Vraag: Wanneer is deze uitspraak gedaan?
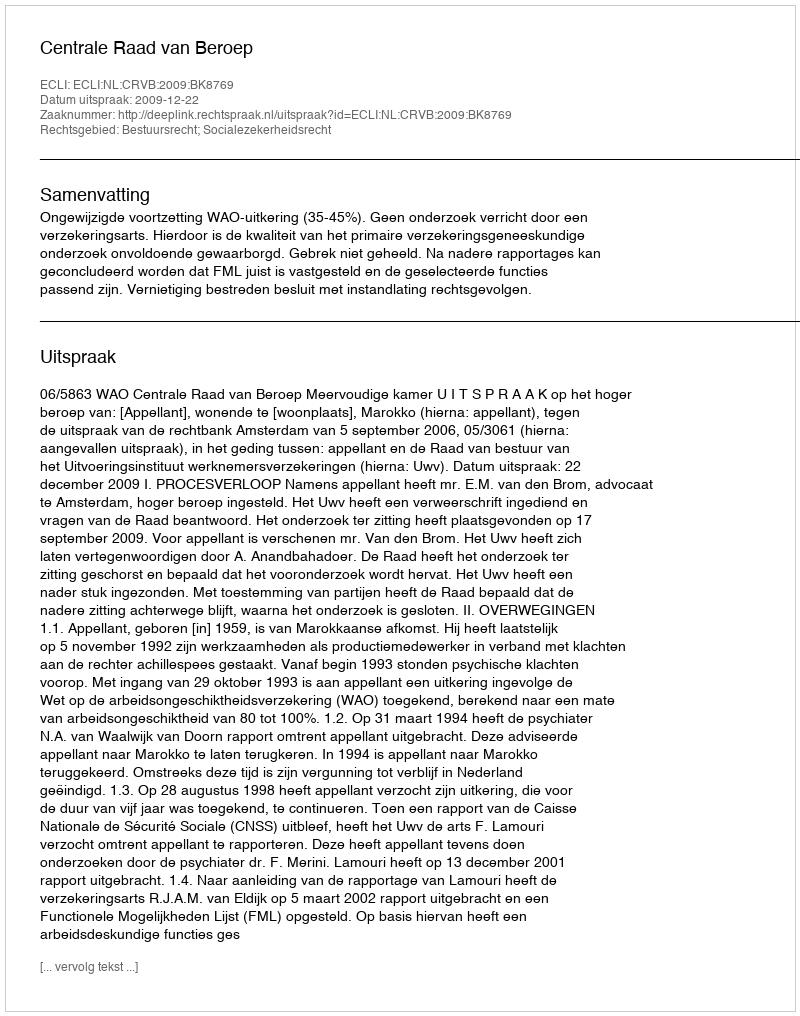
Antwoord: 2009-12-22